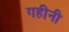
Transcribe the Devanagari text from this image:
गहीनी